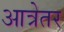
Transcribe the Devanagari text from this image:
आत्रेतर